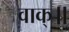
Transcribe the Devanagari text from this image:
वाक्॥